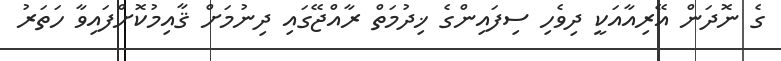
ގެ ނޮދަން އޭރިއާއަކީ ދިވެހި ސިފައިންގެ ޚިދުމަތް ރާއްޖޭގައި ދިނުމަށް ޤާއިމުކޮށްފައިވާ ހަތަރު